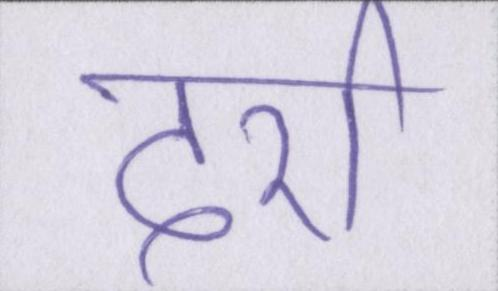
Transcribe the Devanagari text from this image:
दर्रा